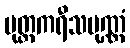
မုတ္တကရီသပုဏ္ဏံ